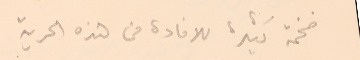
فخمة كثيرة للافادة من هذه الحرية